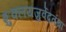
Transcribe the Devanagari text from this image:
शुक्लयजुर्वेदतथा